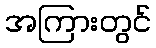
အကြားတွင်